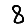
Digit: 8